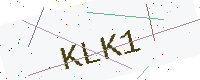
Text: KLK1